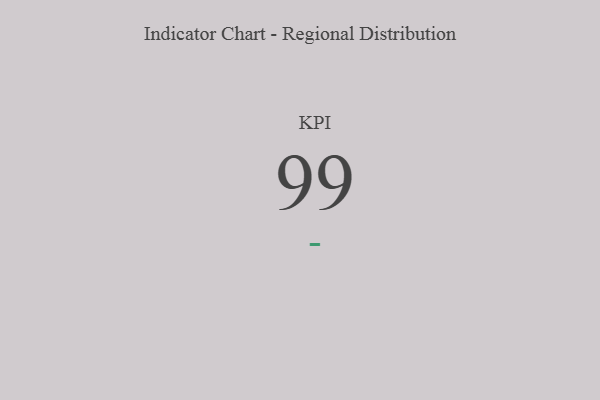
{"axis": {"x": "KPI", "y": "Value"}, "legend": [""], "data": [{"x": "KPI", "y": 99, "type": ""}]}